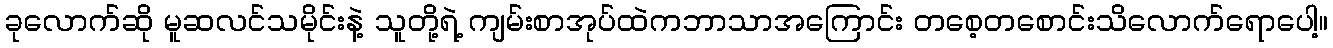
ခုလောက်ဆို မူဆလင်သမိုင်းနဲ့ သူတို့ရဲ့ ကျမ်းစာအုပ်ထဲကဘာသာအကြောင်း တစေ့တစောင်းသိလောက်ရောပေါ့။